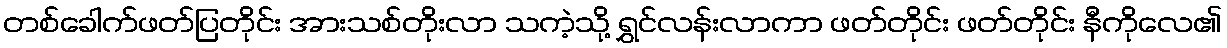
တစ်ခေါက်ဖတ်ပြတိုင်း အားသစ်တိုးလာ သကဲ့သို့ ရွှင်လန်းလာကာ ဖတ်တိုင်း ဖတ်တိုင်း နီကိုလေ၏